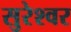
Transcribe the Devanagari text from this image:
सुरेश्‍वर